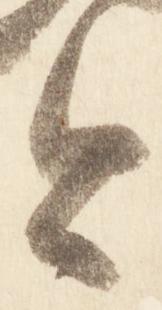
今